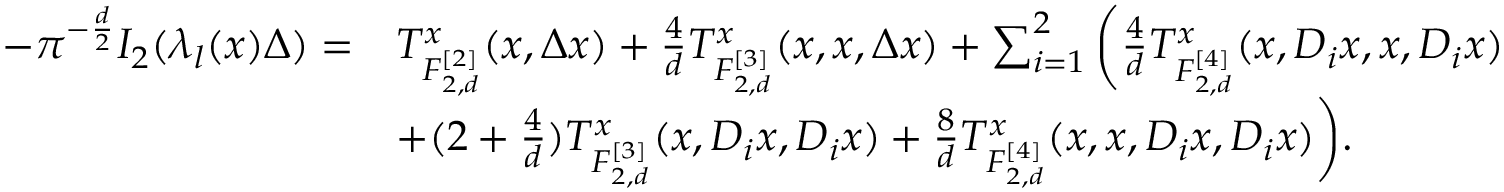
\begin{array} { r l } { - \pi ^ { - \frac { d } { 2 } } I _ { 2 } ( \lambda _ { l } ( x ) \Delta ) = } & { T _ { F _ { 2 , d } ^ { [ 2 ] } } ^ { x } ( x , \Delta x ) + \frac { 4 } { d } T _ { F _ { 2 , d } ^ { [ 3 ] } } ^ { x } ( x , x , \Delta x ) + \sum _ { i = 1 } ^ { 2 } \bigg ( \frac 4 d T _ { F _ { 2 , d } ^ { [ 4 ] } } ^ { x } ( x , D _ { i } x , x , D _ { i } x ) } \\ & { + ( 2 + \frac 4 d ) T _ { F _ { 2 , d } ^ { [ 3 ] } } ^ { x } ( x , D _ { i } x , D _ { i } x ) + \frac { 8 } { d } T _ { F _ { 2 , d } ^ { [ 4 ] } } ^ { x } ( x , x , D _ { i } x , D _ { i } x ) \bigg ) . } \end{array}